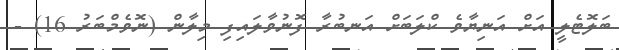
ބަލޮޓެލީ އަށް އަނިޔާވެ ކްލަބަށް އަނބުރާ ފޮނުވާލައިފި މިލާން (ނޮވެމްބަރު 16) -